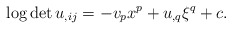
\begin{align*} \log\det u_{,ij}=-v_px^p+u_{,q}\xi^q+c. \end{align*}